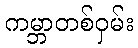
ကမ္ဘာတစ်ဝှမ်း